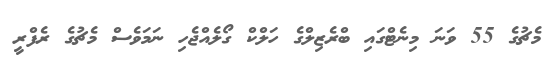
މެޗުގެ 55 ވަނަ މިނެޓްގައި ބްރެޒިލްގެ ހަލްކް ގޯލެއްޖެހި ނަމަވެސް މެޗުގެ ރެފްރީ